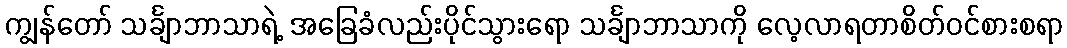
ကျွန်တော် သင်္ချာဘာသာရဲ့ အခြေခံလည်းပိုင်သွားရော သင်္ချာဘာသာကို လေ့လာရတာစိတ်ဝင်စားစရာ